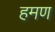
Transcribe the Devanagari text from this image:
हमण